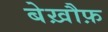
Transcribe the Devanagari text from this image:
बेख़ौफ़